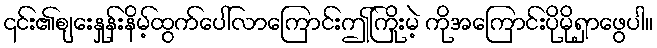
၎င်း၏စျေးနှုန်းနိမ့်ထွက်ပေါ်လာကြောင်းဤကြိုးမဲ့ ကိုအကြောင်းပိုမိုရှာဖွေပါ။